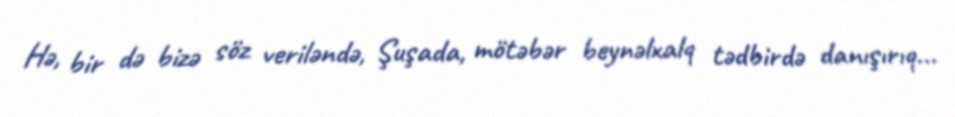
Hə, bir də bizə söz veriləndə, Şuşada, mötəbər beynəlxalq tədbirdə danışırıq...